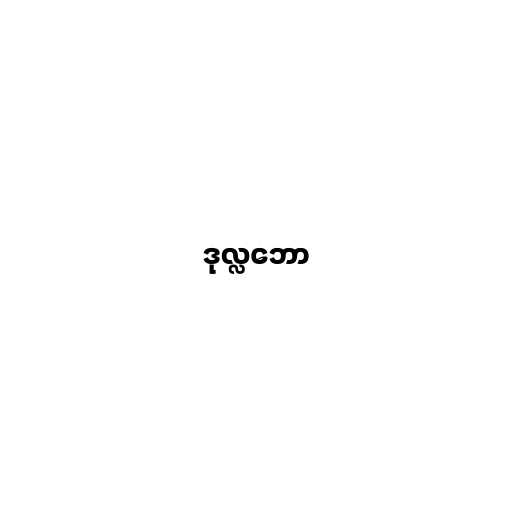
ဒုလ္လဘော